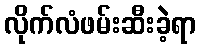
လိုက်လံဖမ်းဆီးခဲ့ရာ